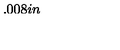
\setlength { \unitlength } { 0 . 0 0 8 i n }